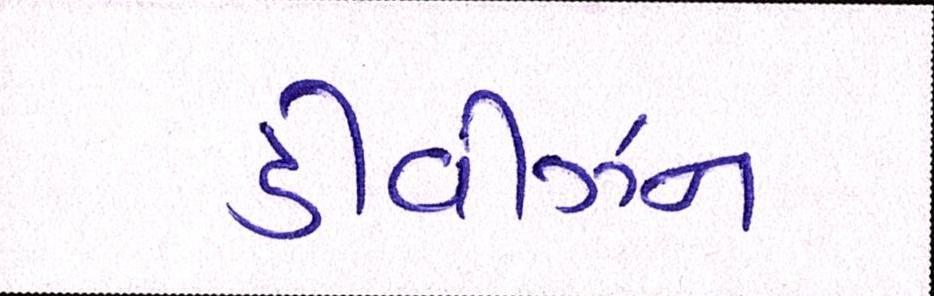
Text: ડીવીઝન